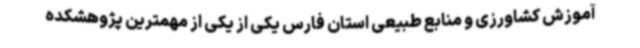
آموزش کشاورزی و منابع طبیعی استان فارس یکی از یکی از مهمترین پژوهشکده